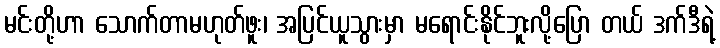
မင်းတို့ဟာ သောက်တာမဟုတ်ဖူး၊ အပြင်ယူသွားမှာ မရောင်းနိုင်ဘူးလို့ပြော တယ် ဒက်ဒီရဲ့